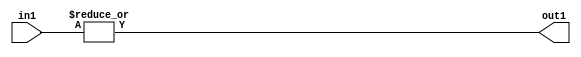
`timescale 1ps / 1ps
/*****************************************************************************
    Verilog RTL Description
    
    
    Created by: Stratus DpOpt 21.05.01 
*******************************************************************************/

module SobelFilter_OrReduction_5U_1U_4 (
	in1,
	out1
	); /* architecture "behavioural" */ 
input [4:0] in1;
output  out1;
wire  asc001;

assign asc001 = 
	(|in1);

assign out1 = asc001;
endmodule

/* CADENCE  urfxTww= : u9/ySxbfrwZIxEzHVQQV8Q== ** DO NOT EDIT THIS LINE ******/